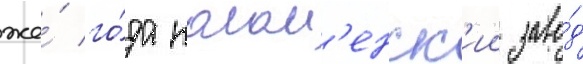
же́ го́да колом'енск'ии заво́д